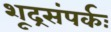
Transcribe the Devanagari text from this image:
शूद्रसंपर्कः